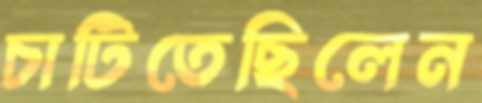
চাটিতেছিলেন